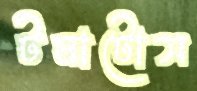
টমাটোস